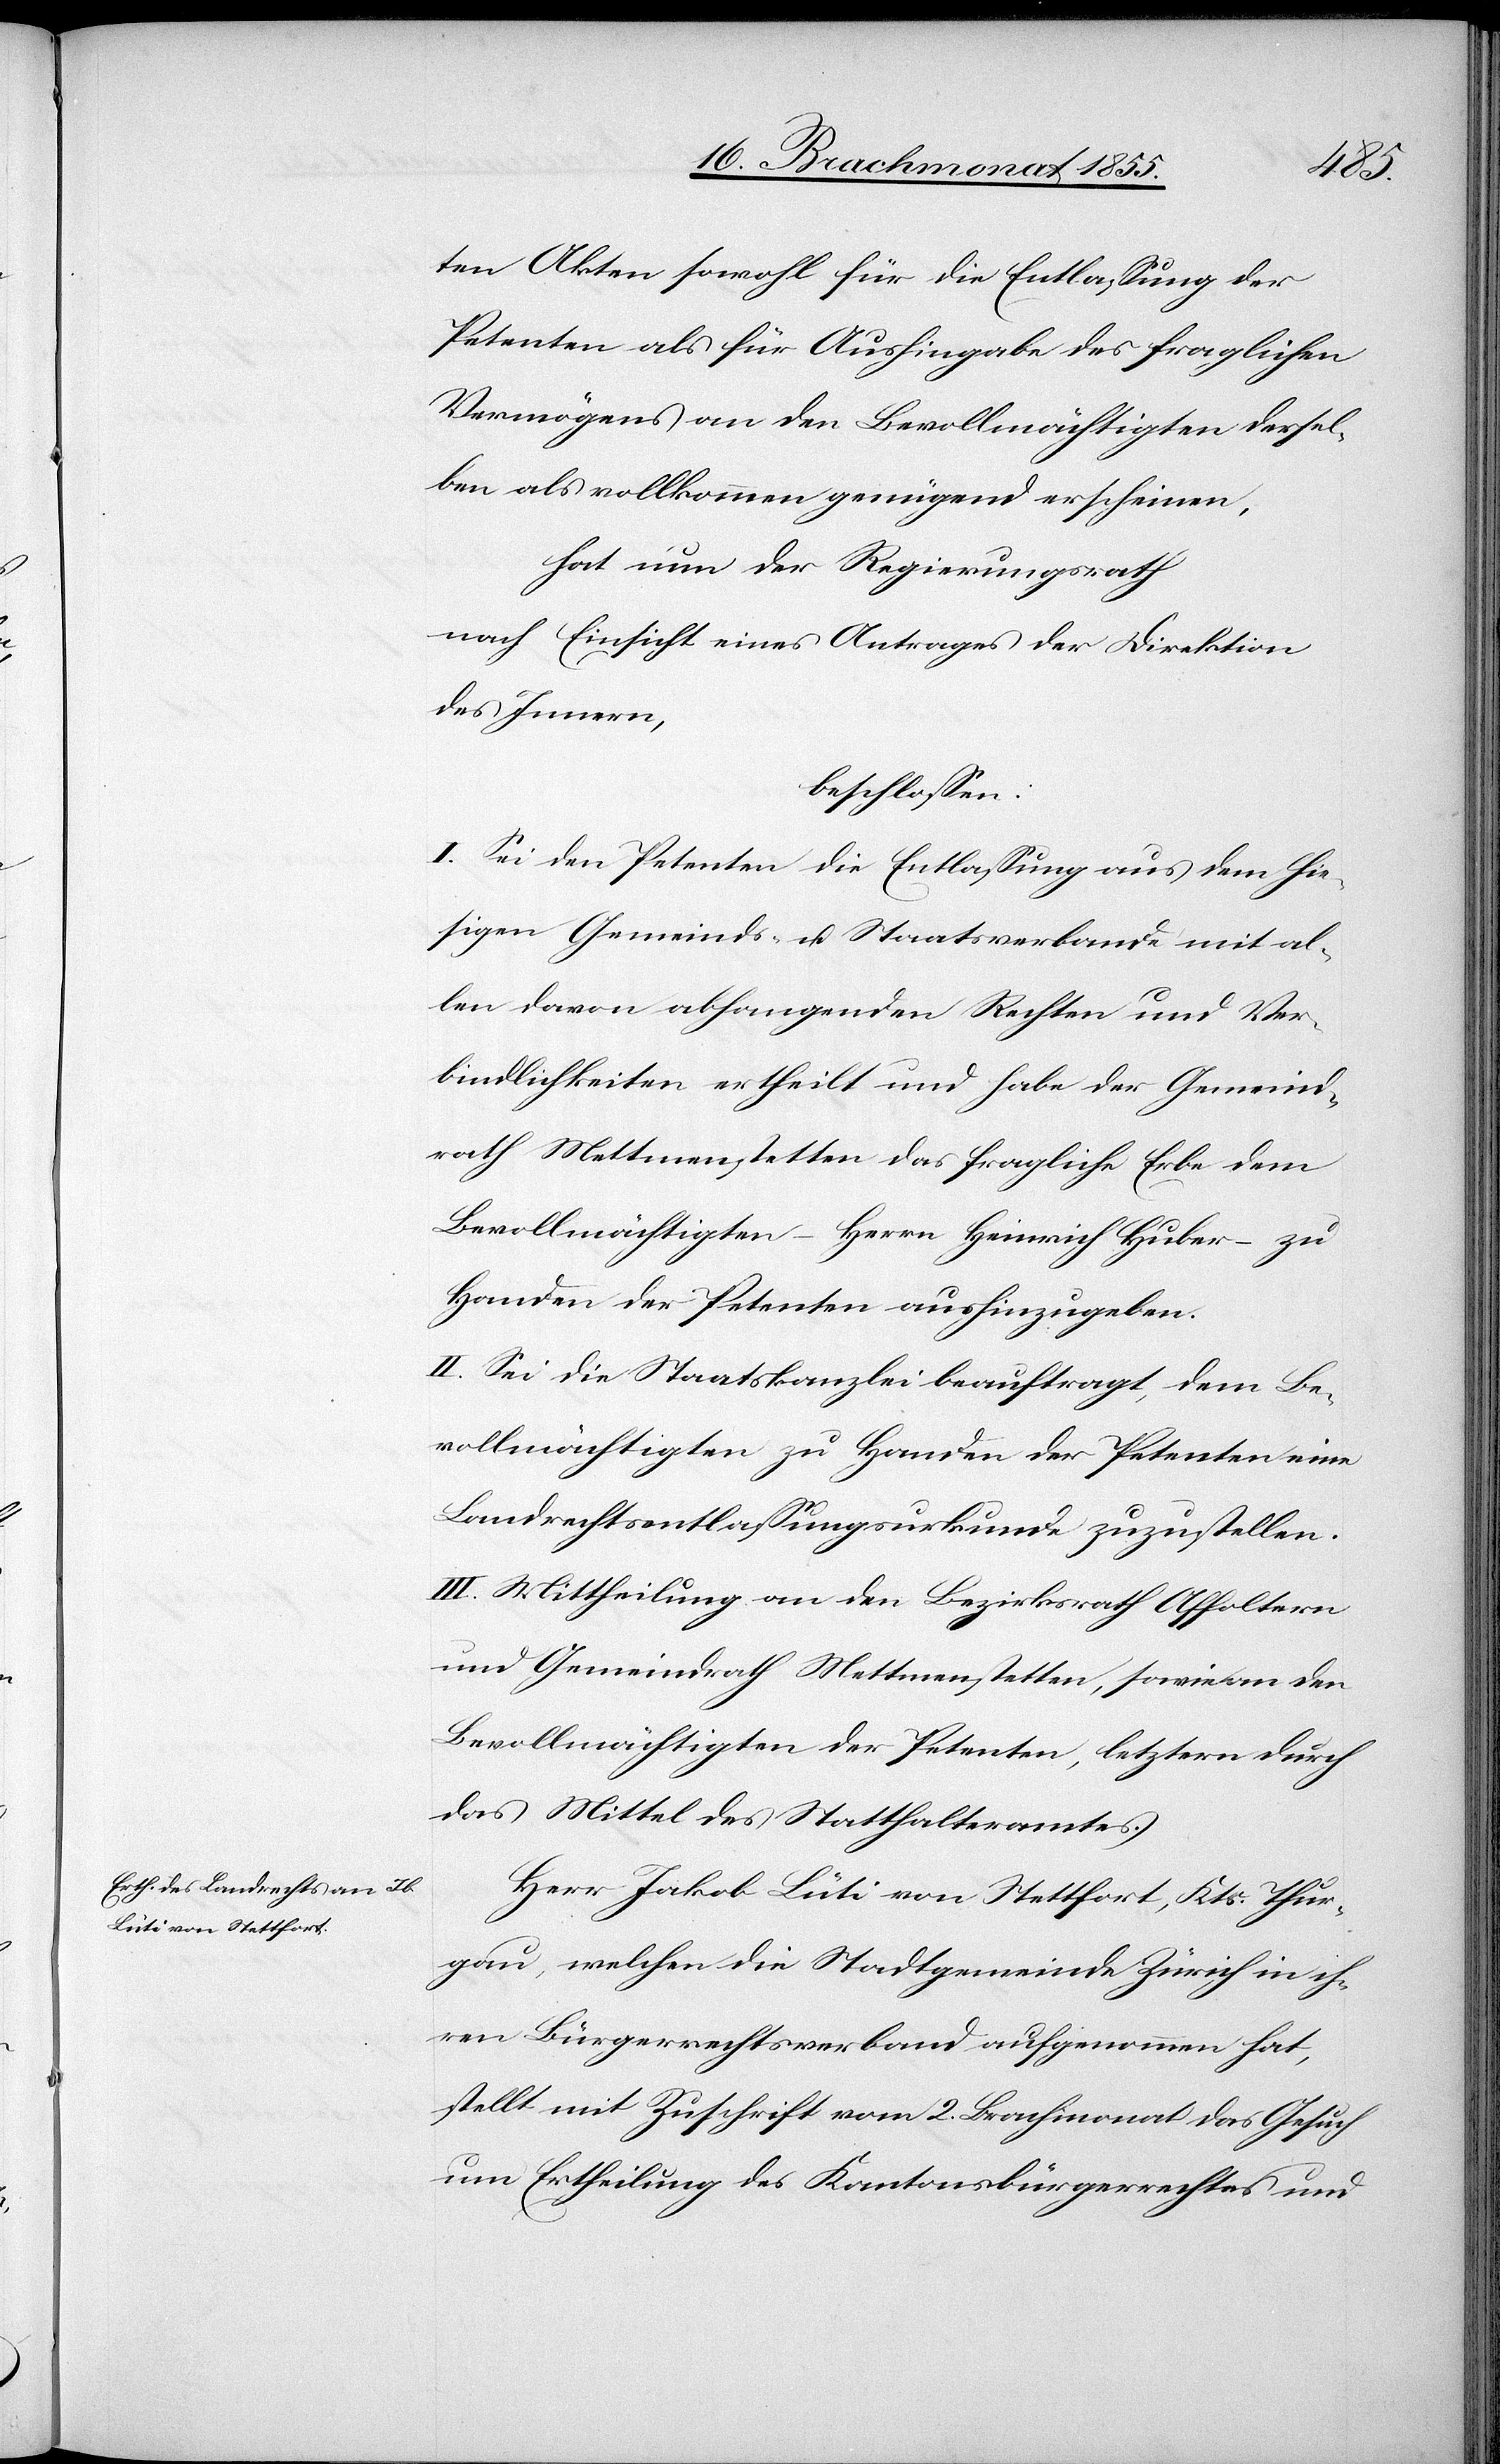
ten Akten sowohl für die Entlassung der
Petenten als für Aushingabe des fraglichen
Vermögens an den Bevollmächtigten dersel¬
ben als vollkommen genügend erscheinen,
hat nun der Regeirungsrath
nach Einsicht eines Antrages der Direktion
des Innern,
beschlossen:
I. Sei den Petenten die Entlassung aus dem hie¬
sigen Gemeinds- u. Staatsverbande mit al¬
len davon abhangenden Rechten und Ver¬
bindlichkeiten ertheilt und habe der Gemeind¬
rath Mettmenstetten das fragliche Erbe dem
Bevollmächtigten – Herrn Heinrich Huber – zu
Handen der Petenten aushinzugeben.
II. Sei die Staatskanzlei beauftragt, dem Be¬
vollmächtigten zu Handen der Petenten eine
Landrechtsentlassungsurkunde zuzustellen.
III. Mittheilung an den Bezirksrath Affoltern
und Gemeindrath Mettmenstetten, sowie an den
Bevollmächtigten der Petenten, letztern durch
das Mittel des Statthalteramtes.
Herr Jakob Lüti von Stettfort, Kts. Thur¬
gau, welchen die Stadtgemeinde Zürich in ih¬
ren Bürgerrechtsverband aufgenommen hat,
stellt mit Zuschrift vom 2. Brachmonat das Gesuch
um Ertheilung des Kantonsbürgerrechtes und